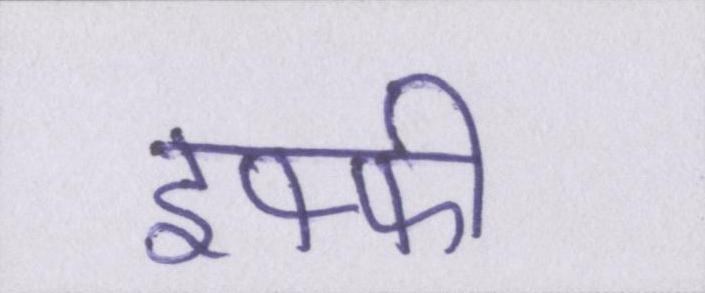
इफ्फी